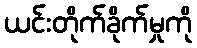
ယင်းတိုက်ခိုက်မှုကို